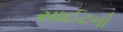
સાઈટનો